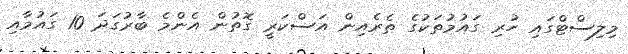
މިލިސްޓްގައި ހުރި ގައުމުތަކުގެ ތެރެއިން އަސްކަރީ ގޮތުން އެންމެ ބާރުގަދަ 10 ގައުމާއި